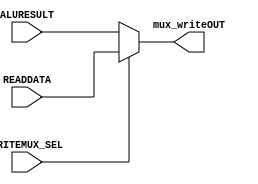
module mux_write(ALURESULT,READDATA,WRITEMUX_SEL,mux_writeOUT);
 
 input [7:0] ALURESULT,READDATA; 
 input WRITEMUX_SEL;                //control signal for write select mux
 output reg [7:0] mux_writeOUT;        //output the result of the mux

 always @ (ALURESULT,READDATA,WRITEMUX_SEL)
 begin
    if (WRITEMUX_SEL == 1'b0) 
    begin
        mux_writeOUT = ALURESULT;       //output the ALU result without going through data memory     
    end else begin
        mux_writeOUT = READDATA;        //output data value read from the memory, at the location pointed to by ADDRESS
    end
 end

endmodule